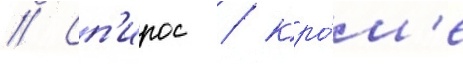
// Сп'ирос / кро́м'е